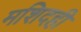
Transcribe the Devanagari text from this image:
मशिदही